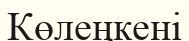
Көлеңкені